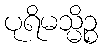
ပုရိမသ္မိဉ္စ